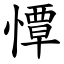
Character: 憛